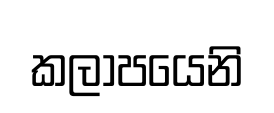
කලාපයෙනි